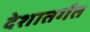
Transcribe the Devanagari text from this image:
देशातर्गत